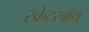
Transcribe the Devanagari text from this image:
स्केटरबॉय